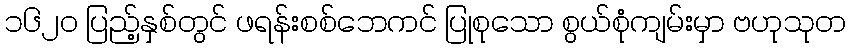
၁၆၂၀ ပြည့်နှစ်တွင် ဖရန်းစစ်ဘေကင် ပြုစုသော စွယ်စုံကျမ်းမှာ ဗဟုသုတ